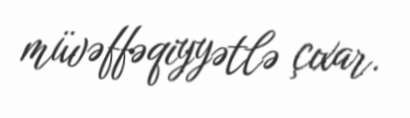
müvəffəqiyyətlə çıxar.